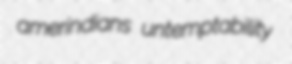
amerindians untemptability